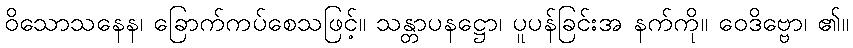
ဝိသောသနေန၊ ခြောက်ကပ်စေသဖြင့်။ သန္တာပနဋ္ဌော၊ ပူပန်ခြင်းအ နက်ကို။ ဝေဒိဗ္ဗော၊ ၏။